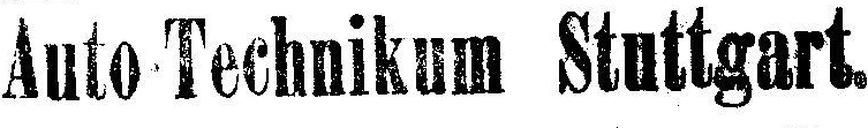
Auto Technikum Stuttgart.